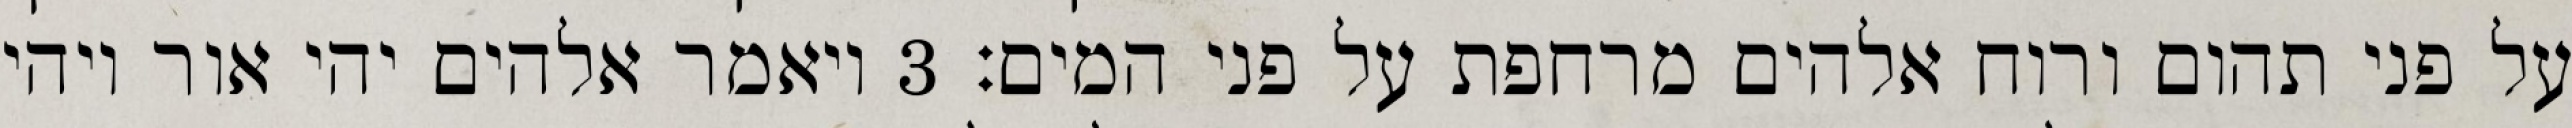
על פני תהום ורוח אלהים מרחפת על פני המים׃ ‎3‏ ויאמר אלהים יהי אור ויהי